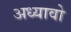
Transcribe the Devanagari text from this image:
अध्यावो